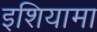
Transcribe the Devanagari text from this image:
इशियामा